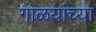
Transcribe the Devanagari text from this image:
गाळयांच्या